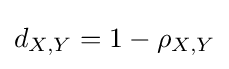
d_{X,Y}=1-\rho _{X,Y}